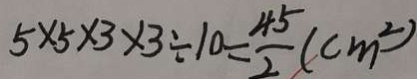
5 \times 5 \times 3 \times 3 \div 1 0 = \frac { 4 5 } { 2 } ( c m ^ { 2 } )